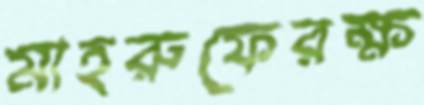
মাহরুফেরক্ষ